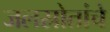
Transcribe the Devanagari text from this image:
जलस्रोतांचे